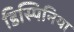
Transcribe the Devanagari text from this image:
डिस्पिनिया